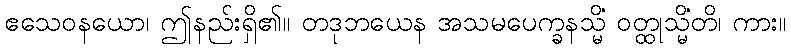
ဧသေဝနယော၊ ဤနည်းရှိ၏။ တဒုဘယေန အသမပေက္ခနသ္မိံ ဝတ္ထုသ္မိံတိ၊ ကား။